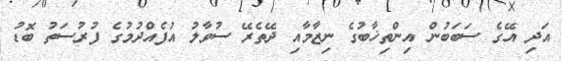
އަދި އޭގެ ސަބަބުން އިންތިޚާބުގެ ނިޒާމާއި ދޭތެރޭ ސުވާލު އުފެއްދުމުގެ ފުރުސަތު ބޮޑު